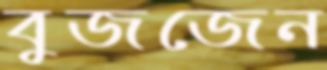
বুজজেন